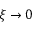
\xi \to 0